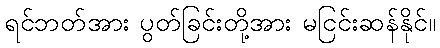
ရင်ဘတ်အား ပွတ်ခြင်းတို့အား မငြင်းဆန်နိုင်။